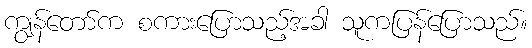
ကျွန်တော်က စကားပြောသည့်အခါ သူကပြန်ပြောသည်။